Leaving Certificate, 1901
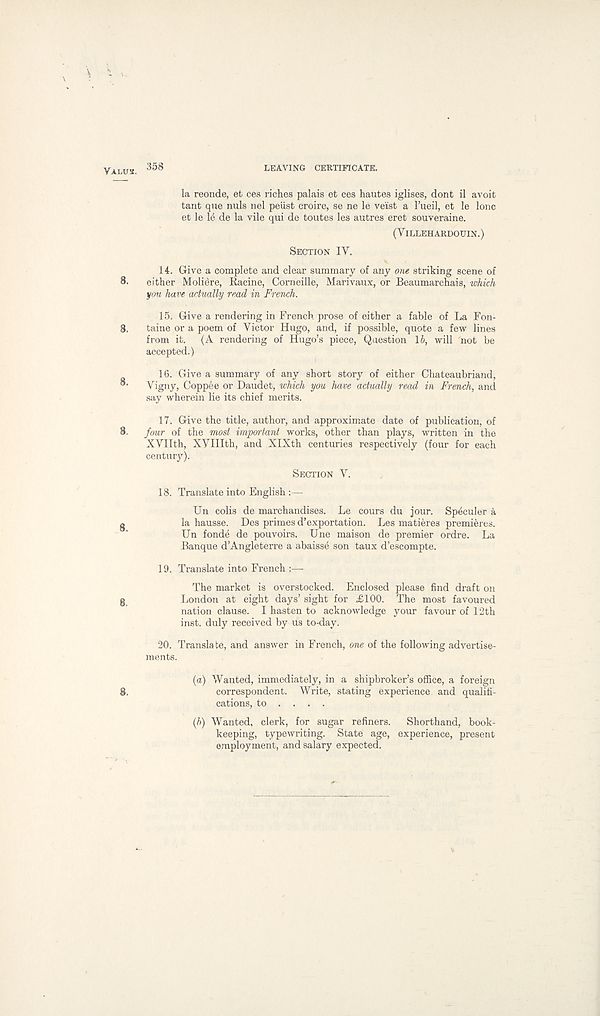
VALUS. 358
LEAVING CERTIFICATE.
la reonde, et ces riches palais et ces hautes iglises, dont il avoit
tant que nuls nel peiist croire, se ne le veist a I’ueil, et le lone
et le le de la vile qui de toutes les autres eret souveraine.
( VlLLEHARDOUIN.)
SECTION IV.
14. Give a complete and clear summary of any one striking scene of
8.
either M oliere, Racine, Corneille, Marivaux, or Beaumarchais, which
you have actually read in French.
15. Give a rendering in French prose of either a fable of La Fon-
8.
taine or a poem of Victor Hugo, and, if possible, quote a few lines
from it.
(A rendering of Hugo’s piece, Question \h, will not be
accepted.)
16. Give a summary of any short story of either Chateaubriand,
O'
Vigny, Coppee or Daudet, which you have actually read in French, and
say wherein lie its chief merits.
17. Give the title, author, and approximate date of publication, of
8.
four of the most important works, other than plays, written in the
XVIIth, XVIIIth, and XIXth centuries respectively (four for each
century).
SECTION V.
18. Translate into English :—
Un eolis de marchandises. Le cours du jour. Speculer a
g
la hausse. Des primes d’exportation. Les matieres premieres.
Un fonde de pouvoirs. Une maison de premier ordre. La
Banque d’Angleterre a abaisse son taux d’escompte.
19. Translate into French :—
The market is overstocked. Enclosed please find draft on
g
London at eight days’ sight for £100. The most favoured
nation clause. I hasten to acknowledge your favour of 12th
inst. duly received by us to-day.
20. Translate, and answer in French, OTIC of the following advertise-
ments.
(a) Wanted, immediately, in a shipbroker’s office, a foreign
8.
correspondent. Write, stating experience and qualifi-
cations, to ... .
(b) Wanted, clerk, for sugar refiners.
Shorthand, book-
keeping, typewriting. State age, experience, present
employment, and salary expected.